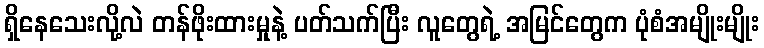
ရှိနေသေးလို့လဲ တန်ဖိုးထားမှုနဲ့ ပတ်သက်ပြီး လူတွေရဲ့ အမြင်တွေက ပုံစံအမျိုးမျိုး